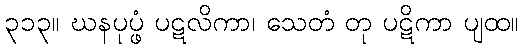
၃၁၃။ ဃနပုပ္ဖံ ပဋလိကာ၊ သေတံ တု ပဋိကာ ပျထ။